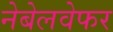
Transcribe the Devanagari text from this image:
नेबेलवेफर